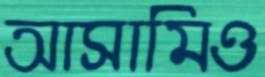
আসামিও